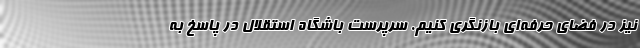
نیز در فضای حرفه‌ای بازنگری کنیم. سرپرست باشگاه استقلال در پاسخ به